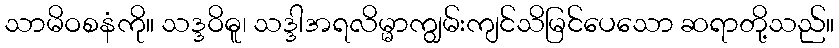
သာမိဝစနံကို။ သဒ္ဒဝိဓူ၊ သဒ္ဒါအရလိမ္မာကျွမ်းကျင်သိမြင်ပေသော ဆရာတို့သည်။